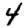
Digit: 4